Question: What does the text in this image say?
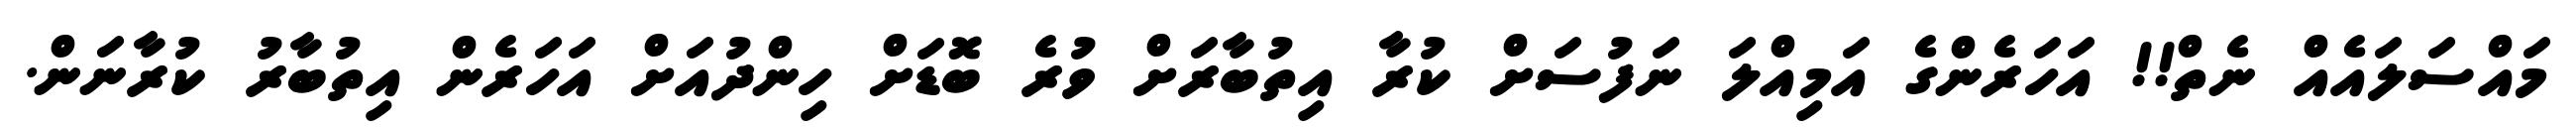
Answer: މައްސަލައެއް ނެތް!! އަހަރެންގެ އަމިއްލަ ނަފުސަށް ކުރާ އިތުބާރަށް ވުރެ ބޮޑަށް ހިންދުއަށް އަހަރެން އިތުބާރު ކުރާނަން.